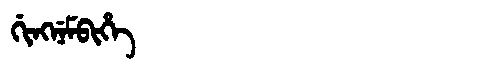
Manchu: ᡤᡳᠩᠨᡝᠮᠪᡳᡥᡝ
Romanization: GINGNEMBIHE